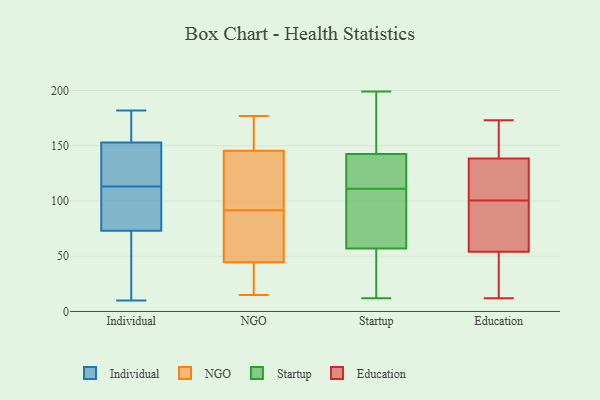
{"axis": {"x": "Bounce Rate (%)", "y": "Value"}, "legend": ["Education", "Individual", "NGO", "Startup"], "data": [{"x": "", "y": 92, "type": "Individual"}, {"x": "", "y": 83, "type": "Individual"}, {"x": "", "y": 124, "type": "Individual"}, {"x": "", "y": 43, "type": "Individual"}, {"x": "", "y": 71, "type": "Individual"}, {"x": "", "y": 122, "type": "Individual"}, {"x": "", "y": 136, "type": "Individual"}, {"x": "", "y": 111, "type": "Individual"}, {"x": "", "y": 155, "type": "Individual"}, {"x": "", "y": 88, "type": "Individual"}, {"x": "", "y": 35, "type": "Individual"}, {"x": "", "y": 73, "type": "Individual"}, {"x": "", "y": 182, "type": "Individual"}, {"x": "", "y": 10, "type": "Individual"}, {"x": "", "y": 158, "type": "Individual"}, {"x": "", "y": 115, "type": "Individual"}, {"x": "", "y": 153, "type": "Individual"}, {"x": "", "y": 164, "type": "Individual"}, {"x": "", "y": 139, "type": "NGO"}, {"x": "", "y": 177, "type": "NGO"}, {"x": "", "y": 124, "type": "NGO"}, {"x": "", "y": 110, "type": "NGO"}, {"x": "", "y": 49, "type": "NGO"}, {"x": "", "y": 40, "type": "NGO"}, {"x": "", "y": 69, "type": "NGO"}, {"x": "", "y": 152, "type": "NGO"}, {"x": "", "y": 40, "type": "NGO"}, {"x": "", "y": 56, "type": "NGO"}, {"x": "", "y": 16, "type": "NGO"}, {"x": "", "y": 156, "type": "NGO"}, {"x": "", "y": 15, "type": "NGO"}, {"x": "", "y": 111, "type": "NGO"}, {"x": "", "y": 19, "type": "NGO"}, {"x": "", "y": 86, "type": "NGO"}, {"x": "", "y": 156, "type": "NGO"}, {"x": "", "y": 55, "type": "NGO"}, {"x": "", "y": 97, "type": "NGO"}, {"x": "", "y": 156, "type": "NGO"}, {"x": "", "y": 32, "type": "Startup"}, {"x": "", "y": 110, "type": "Startup"}, {"x": "", "y": 144, "type": "Startup"}, {"x": "", "y": 199, "type": "Startup"}, {"x": "", "y": 12, "type": "Startup"}, {"x": "", "y": 39, "type": "Startup"}, {"x": "", "y": 130, "type": "Startup"}, {"x": "", "y": 158, "type": "Startup"}, {"x": "", "y": 111, "type": "Startup"}, {"x": "", "y": 182, "type": "Startup"}, {"x": "", "y": 138, "type": "Startup"}, {"x": "", "y": 109, "type": "Startup"}, {"x": "", "y": 73, "type": "Startup"}, {"x": "", "y": 116, "type": "Startup"}, {"x": "", "y": 63, "type": "Startup"}, {"x": "", "y": 17, "type": "Startup"}, {"x": "", "y": 168, "type": "Startup"}, {"x": "", "y": 55, "type": "Startup"}, {"x": "", "y": 125, "type": "Startup"}, {"x": "", "y": 103, "type": "Education"}, {"x": "", "y": 129, "type": "Education"}, {"x": "", "y": 137, "type": "Education"}, {"x": "", "y": 67, "type": "Education"}, {"x": "", "y": 161, "type": "Education"}, {"x": "", "y": 41, "type": "Education"}, {"x": "", "y": 98, "type": "Education"}, {"x": "", "y": 33, "type": "Education"}, {"x": "", "y": 173, "type": "Education"}, {"x": "", "y": 148, "type": "Education"}, {"x": "", "y": 76, "type": "Education"}, {"x": "", "y": 71, "type": "Education"}, {"x": "", "y": 111, "type": "Education"}, {"x": "", "y": 26, "type": "Education"}, {"x": "", "y": 140, "type": "Education"}, {"x": "", "y": 12, "type": "Education"}]}